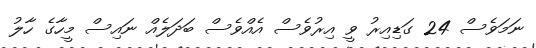
ނަމަވެސް 24 ގަޑިއިރު ވީ އިރުވެސް އެއްވެސް ބަދަލެއް ނައިސް މީހާގެ ހާލު